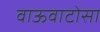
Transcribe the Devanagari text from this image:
वाऊवाटोसा